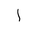
Letter: _alif